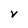
Character: V